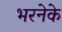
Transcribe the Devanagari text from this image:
भरनेके